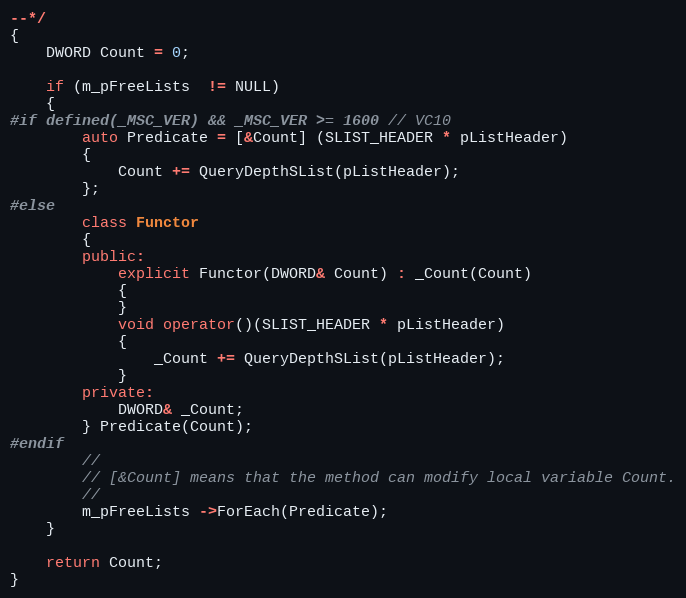
Language: C++
--*/
{
    DWORD Count = 0;

    if (m_pFreeLists  != NULL)
    {
#if defined(_MSC_VER) && _MSC_VER >= 1600 // VC10
        auto Predicate = [&Count] (SLIST_HEADER * pListHeader)
        {
            Count += QueryDepthSList(pListHeader);
        };
#else
        class Functor
        {
        public:
            explicit Functor(DWORD& Count) : _Count(Count)
            {
            }
            void operator()(SLIST_HEADER * pListHeader)
            {
                _Count += QueryDepthSList(pListHeader);
            }
        private:
            DWORD& _Count;
        } Predicate(Count);
#endif
        //
        // [&Count] means that the method can modify local variable Count.
        //
        m_pFreeLists ->ForEach(Predicate);
    }

    return Count;
}